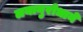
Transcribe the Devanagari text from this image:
लयानुरोधाने